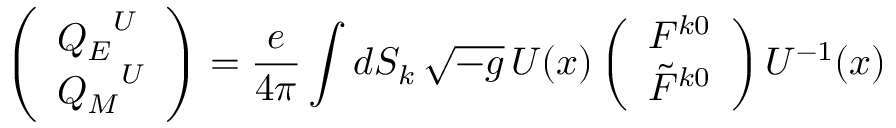
\left( \begin{array} { l } { { { Q _ { E } } ^ { U } } } \\ { { { Q _ { M } } ^ { U } } } \end{array} \right) = { \frac { e } { 4 \pi } } \int d S _ { k } \, \sqrt { - g } \, U ( x ) \left( \begin{array} { l } { { F ^ { k 0 } } } \\ { { \tilde { F } ^ { k 0 } } } \end{array} \right) U ^ { - 1 } ( x )